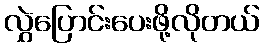
လွှဲပြောင်းပေးဖို့လိုတယ်